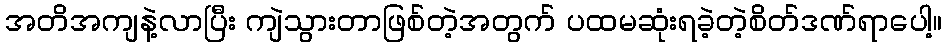
အတိအကျနဲ့လာပြီး ကျဲသွားတာဖြစ်တဲ့အတွက် ပထမဆုံးရခဲ့တဲ့စိတ်ဒဏ်ရာပေါ့။